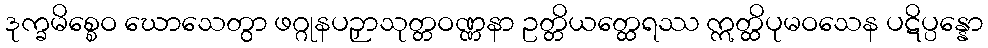
ဒုက္ခမိစ္စေဝ ဃောသေတွာ ဖဂ္ဂုနပဉှာသုတ္တဝဏ္ဏနာ ဥတ္တိယတ္ထေရဿ ဣတ္ထိပုမဝသေန ပဋိပ္ပန္နော